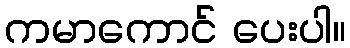
ကမာကောင် ပေးပါ။